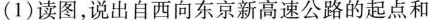
(1)读图，说出自西向东京新高速公路的起点和